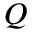
Q